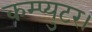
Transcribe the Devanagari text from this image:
कम्प्युटर।